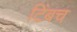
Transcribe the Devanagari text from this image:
टिंबच